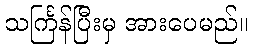
သင်္ကြန်ပြီးမှ အားပေမည်။